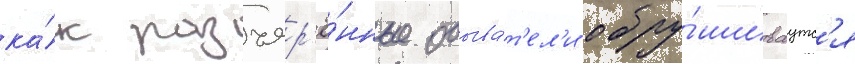
ка́к разъяр'ё́нные обыва́т'ел'и обру́шиваутс'я